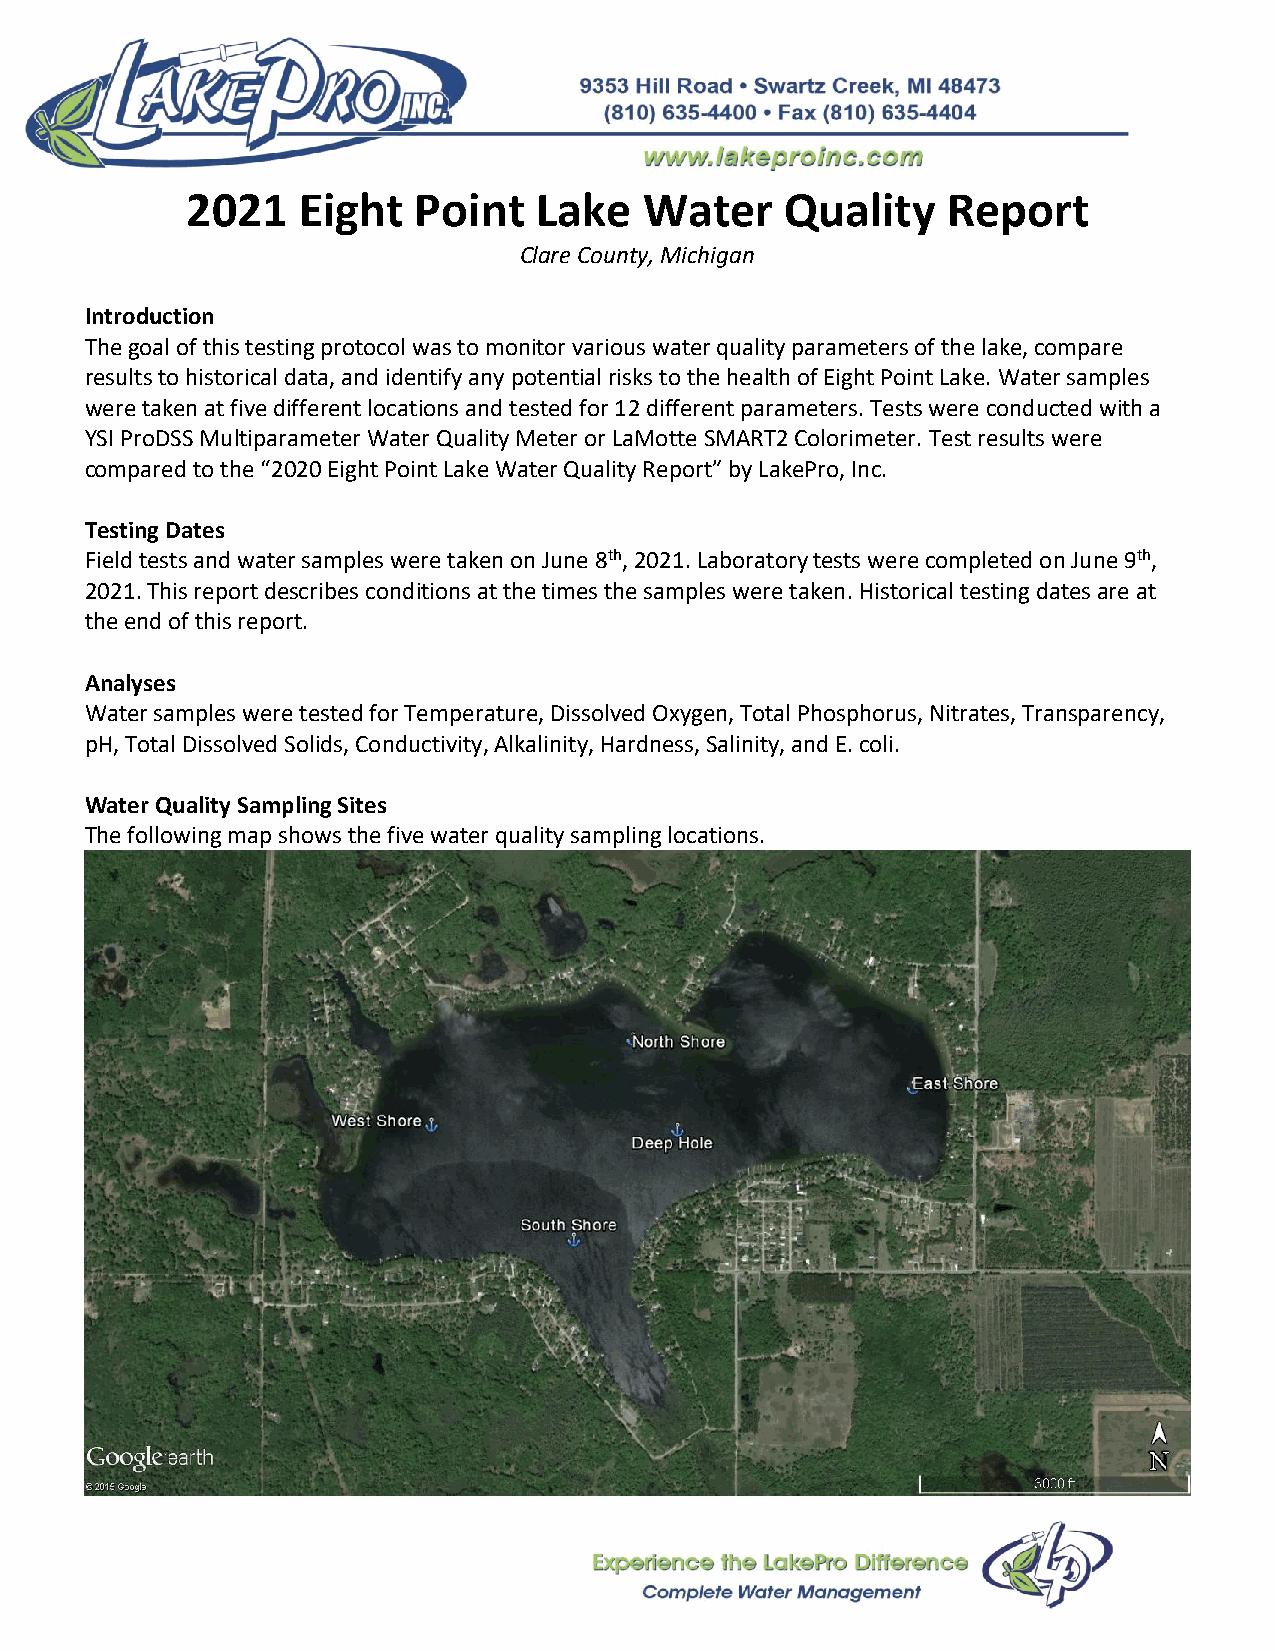
2021    Eight  Point   Lake    Water    Quality    Report
 Clare County, Michigan
 Introduction
 The goal of this testing protocol was to monitor various water quality parameters of the lake, compare
 results to historical data, and identify any potential risks to the health of Eight Point Lake. Water samples
 were taken at five different locations and tested for 12 different parameters. Tests were conducted with a
 YSI ProDSS Multiparameter Water Quality Meter or LaMotte SMART2 Colorimeter. Test results were
 compared to the “2020 Eight Point Lake Water Quality Report” by LakePro, Inc.
 Testing Dates
 Field tests and water samples were taken on June 8th, 2021. Laboratory tests were completed on June 9th,
 2021. This report describes conditions at the times the samples were taken. Historical testing dates are at
 the end of this report.
 Analyses
 Water samples were tested for Temperature, Dissolved Oxygen, Total Phosphorus, Nitrates, Transparency,
 pH, Total Dissolved Solids, Conductivity, Alkalinity, Hardness, Salinity, and E. coli.
 Water Quality Sampling Sites
 The following map shows the five water quality sampling locations.